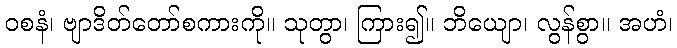
ဝစနံ၊ ဗျာဒိတ်တော်စကားကို။ သုတွာ၊ ကြား၍။ ဘိယျော၊ လွန်စွာ။ အဟံ၊